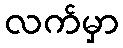
လက်မှာ